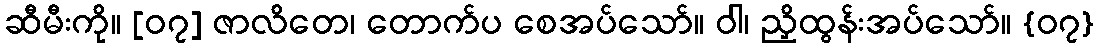
ဆီမီးကို။ [၀၇] ဇာလိတေ၊ တောက်ပ စေအပ်သော်။ ဝါ၊ ညှိထွန်းအပ်သော်။ {၀၇}